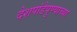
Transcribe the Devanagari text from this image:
देशपांडेपुण्याच्या